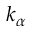
k _ { \alpha }